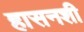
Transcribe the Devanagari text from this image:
हासनशी